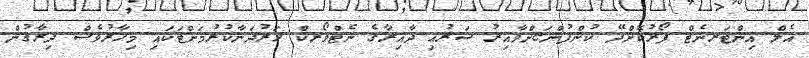
އެލް އިންޓަރނެޓް ފޯރުކޮށްދޭ ކުންފުންޏަށްވާއިރު ޝަރުޢި ދާއިރާގެ ނެޓްވޯރކް ހަރުދަނާކުރުމަށްޓަކައި މިހާރުވެސް ދިރާގުން